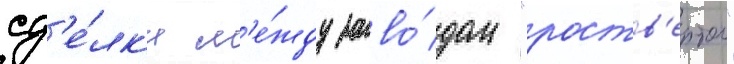
сд'е́лк'и м'е́жду заво́дом "роств'ертол"